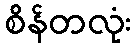
စိန်တလုံး